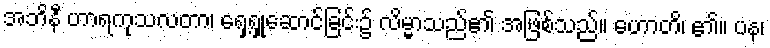
အဘိနီ ဟာရကုသလတာ၊ ရှေ့ရှုဆောင်ခြင်း၌ လိမ္မာသည်၏ အဖြစ်သည်။ ဟောတိ၊ ၏။ ပန၊